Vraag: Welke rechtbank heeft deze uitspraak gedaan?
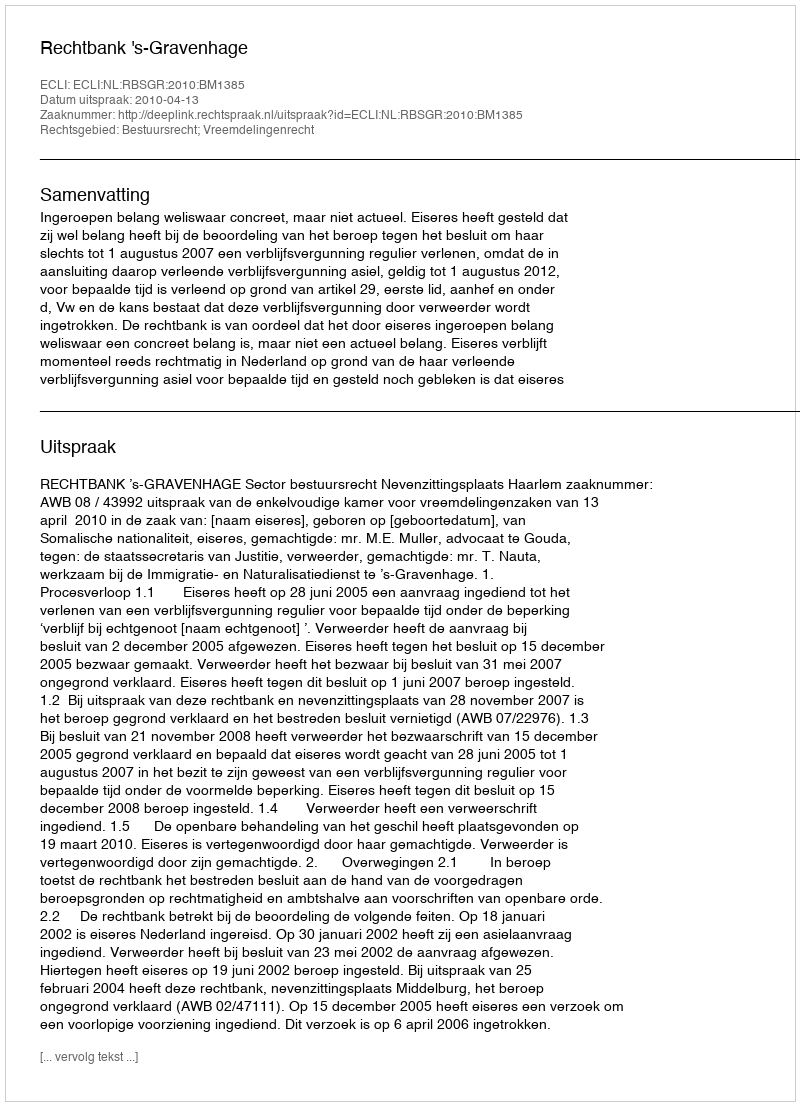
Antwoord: Rechtbank 's-Gravenhage